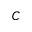
C